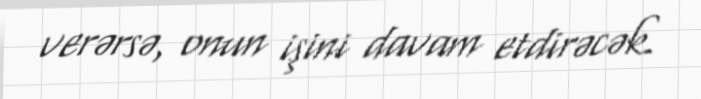
verərsə, onun işini davam etdirəcək.